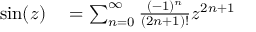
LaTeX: \begin{array} { r l } { \sin ( z ) } & { { } = \sum _ { n = 0 } ^ { \infty } { \frac { ( - 1 ) ^ { n } } { ( 2 n + 1 ) ! } } z ^ { 2 n + 1 } } \end{array}